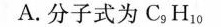
A.分子式为C_{9}H_{10}